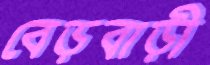
বেড়বাড়ী